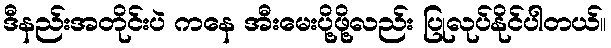
ဒီနည်းအတိုင်းပဲ ကနေ အီးမေးပို့ဖို့လည်း ပြုလုပ်နိုင်ပါတယ်။